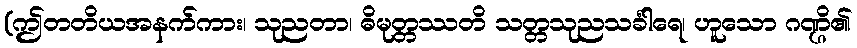
(ဤတတိယအနက်ကား၊ သုညတာ၊ ဓိမုတ္တဿတိ သတ္တသုညသင်္ခါရေ၊ ဟူသော ဂဏ္ဌိ၏